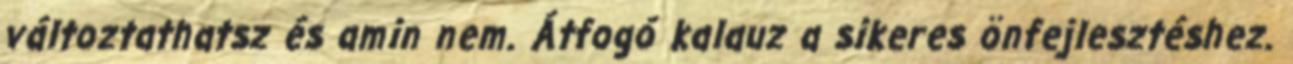
változtathatsz és amin nem. Átfogó kalauz a sikeres önfejlesztéshez.